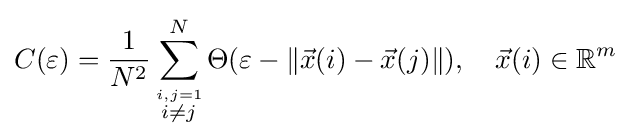
C(\varepsilon )={\frac {1}{N^{2}}}\sum _{\stackrel {i,j=1}{i\neq j}}^{N}\Theta (\varepsilon -\|{\vec {x}}(i)-{\vec {x}}(j)\|),\quad {\vec {x}}(i)\in \mathbb {R} ^{m}